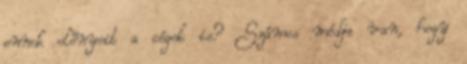
ennek előnyeit a cégek is? Számos módja van, hogy